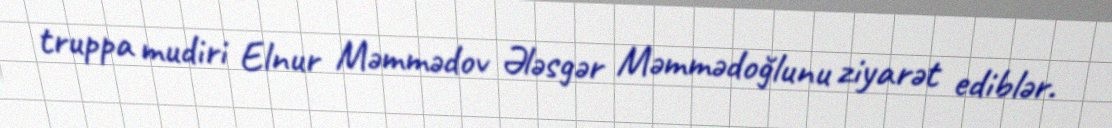
truppa mudiri Elnur Məmmədov Ələsgər Məmmədoğlunu ziyarət ediblər.